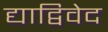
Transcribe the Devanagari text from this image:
द्याद्विवेद